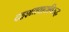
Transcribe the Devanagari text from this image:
दहशतवादाविरूद्ध